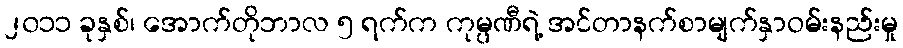
၂၀၁၁ ခုနှစ်၊ အောက်တိုဘာလ ၅ ရက်က ကုမ္ပဏီရဲ့ အင်တာနက်စာမျက်နှာဝမ်းနည်းမှု